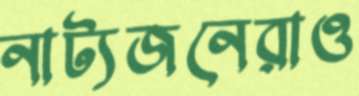
নাট্যজনেরাও